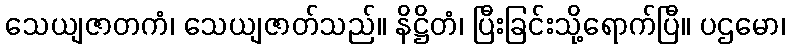
သေယျဇာတကံ၊ သေယျဇာတ်သည်။ နိဋ္ဌိတံ၊ ပြီးခြင်းသို့ရောက်ပြီ။ ပဌမော၊